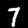
Label: 7